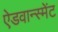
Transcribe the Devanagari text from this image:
ऐडवान्स्मेंट